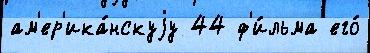
ам'ер'ика́нскуjу 44 ф'и́льма его́